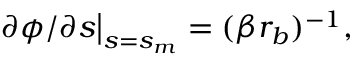
\left. { { \partial \phi } } / { \partial s } \right| _ { s = s _ { m } } = ( \beta r _ { b } ) ^ { - 1 } ,